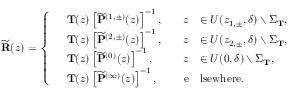
\widetilde { \mathbf { R } } ( z ) = \left\{ \begin{array} { r l r l } & { \mathbf { T } ( z ) \left[ \widetilde { \mathbf { P } } ^ { ( 1 , \pm ) } ( z ) \right] ^ { - 1 } , \quad } & { z } & { \in U ( z _ { 1 , \pm } , \delta ) \setminus \Sigma _ { \mathbf { T } } , } \\ & { \mathbf { T } ( z ) \left[ \widetilde { \mathbf { P } } ^ { ( 2 , \pm ) } ( z ) \right] ^ { - 1 } , \quad } & { z } & { \in U ( z _ { 2 , \pm } , \delta ) \setminus \Sigma _ { \mathbf { T } } , } \\ & { \mathbf { T } ( z ) \left[ \widetilde { \mathbf { P } } ^ { ( 0 ) } ( z ) \right] ^ { - 1 } , \quad } & { z } & { \in U ( 0 , \delta ) \setminus \Sigma _ { \mathbf { T } } , } \\ & { \mathbf { T } ( z ) \left[ \widetilde { \mathbf { P } } ^ { ( \infty ) } ( z ) \right] ^ { - 1 } , \quad } & { \mathrm { e } } & { \mathrm { l s e w h e r e } . } \end{array} \right.